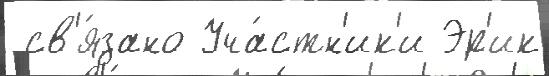
 св'я́зано Уча́стн'ик'и Эр'ик